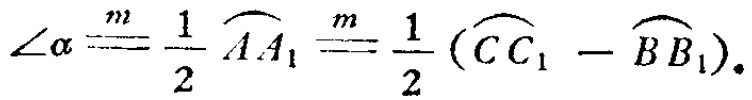
\(\angle\alpha\stackrel{m}{=}\frac{1}{2}\stackrel{\frown}{AA_{1}}\stackrel{m}{=}\frac{1}{2}(\stackrel{\frown}{CC_{1}} - \stackrel{\frown}{BB_{1}}).\)